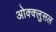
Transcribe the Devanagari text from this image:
ओक्क्लुसल